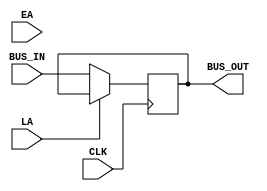
module AccumlatorA #(parameter WIDTH=8)(input CLK,
input LA,
input EA,
input [WIDTH-1:0] BUS_IN,
output reg [WIDTH-1:0] BUS_OUT
);

always @(posedge CLK)
 begin
	if(!LA)
	 begin
		BUS_OUT<=BUS_IN;
	 end
 end




endmodule